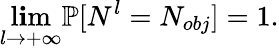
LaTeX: \operatorname*{l\mathbf{i}m}_{l\rightarrow+\infty}\mathbb{{P}}[N^{l}=N_{obj}]=1.